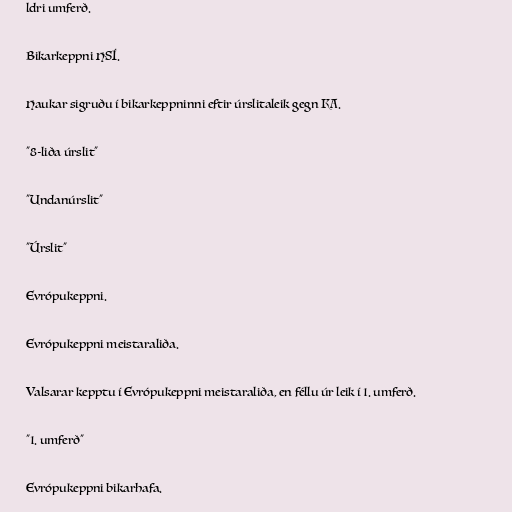
ldri umferð.

Bikarkeppni HSÍ.

Haukar sigruðu í bikarkeppninni eftir úrslitaleik gegn KA.

"8-liða úrslit"

"Undanúrslit"

"Úrslit"

Evrópukeppni.

Evrópukeppni meistaraliða.

Valsarar kepptu í Evrópukeppni meistaraliða, en féllu úr leik í 1. umferð.

"1. umferð"

Evrópukeppni bikarhafa.